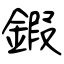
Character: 鍜